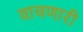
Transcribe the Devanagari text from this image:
वाचणारी